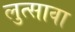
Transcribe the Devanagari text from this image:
लुत्सावा